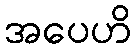
အပေဟိ